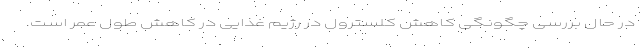
در حال بررسی چگونگی کاهش کلسترول در رژیم غذایی در کاهش طول عمر است.